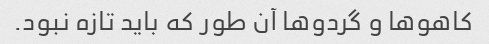
کاهو‌ها و گردو‌ها آن طور که باید تازه نبود.